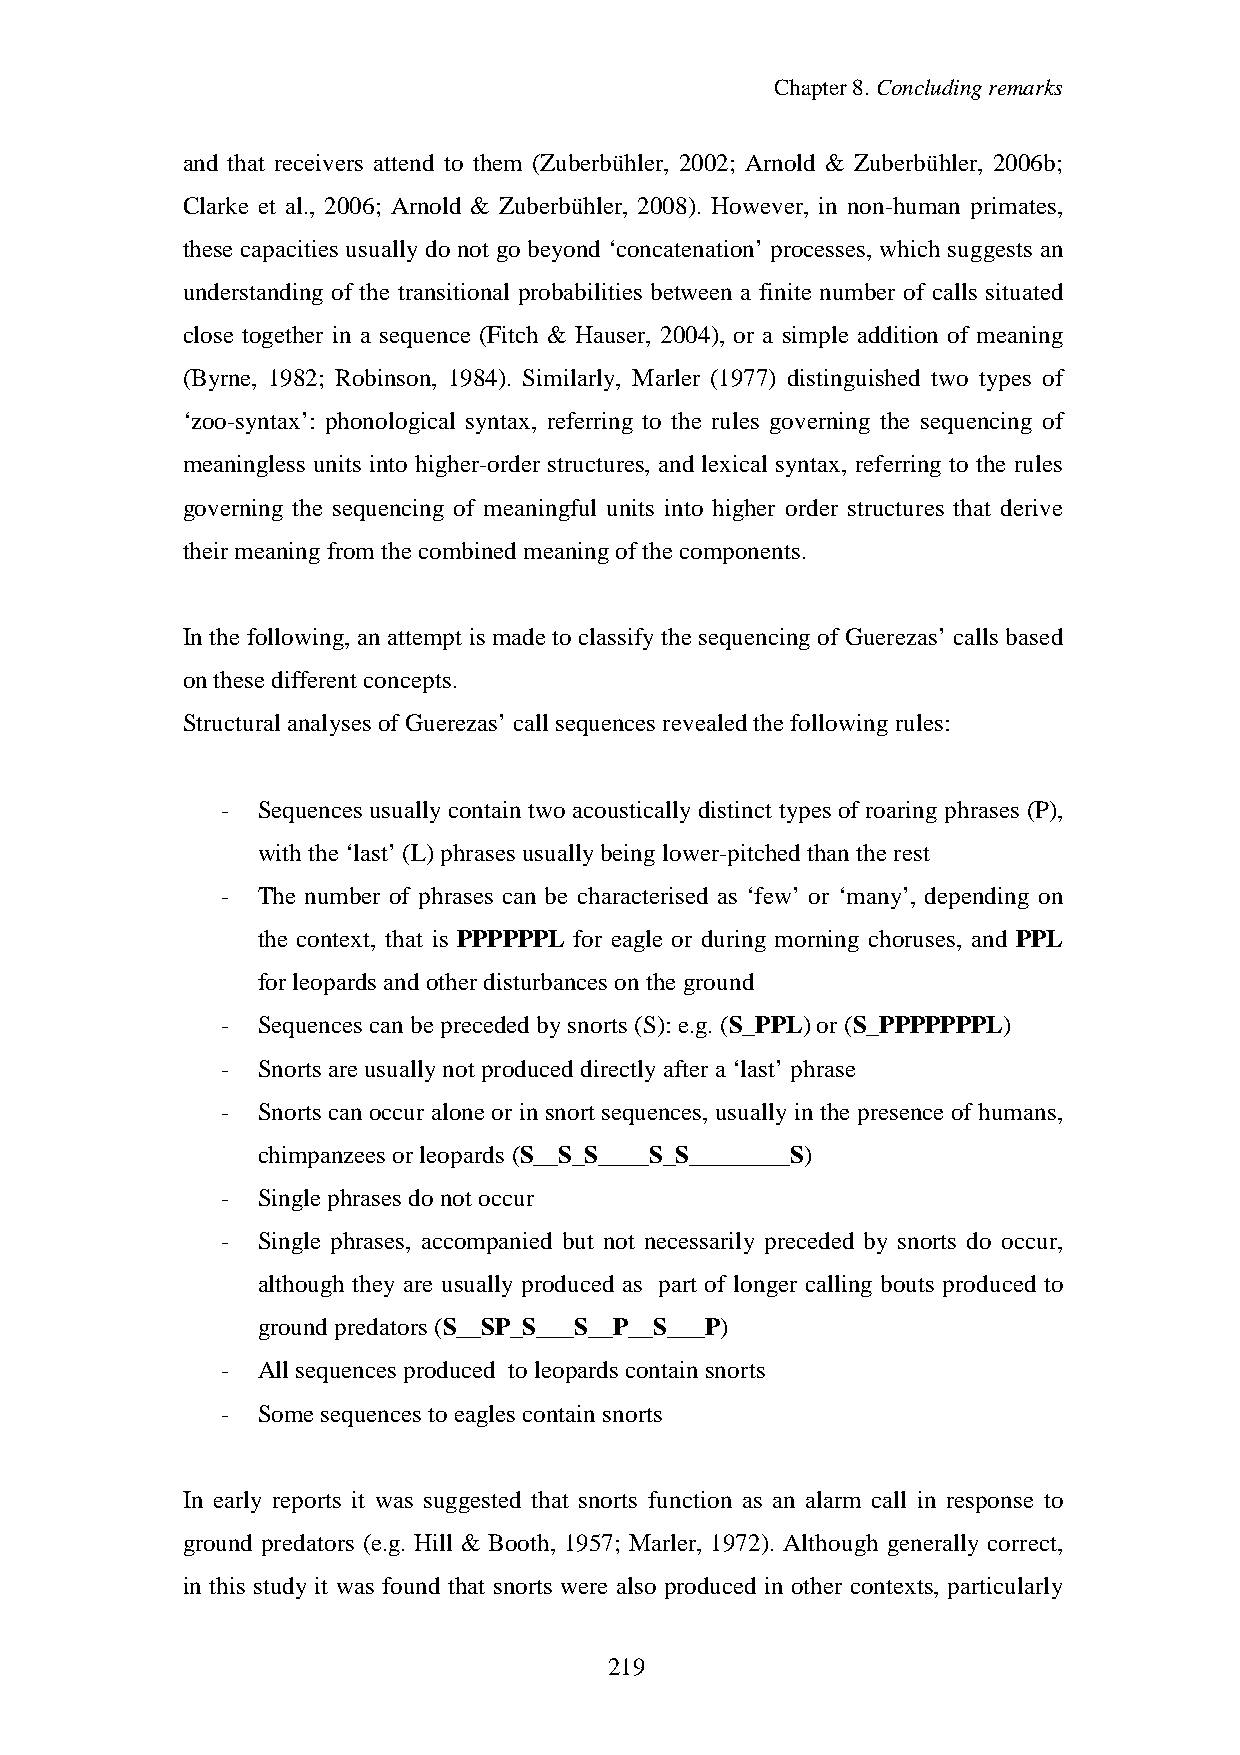
Chapter8.Concludingremarks
 and that receivers attend to them (Zuberbühler, 2002; Arnold & Zuberbühler, 2006b;
 Clarke et al., 2006; Arnold & Zuberbühler, 2008). However, in non-human primates,
 these capacities usually do not go beyond ‘concatenation’ processes, which suggests an
 understanding of the transitional probabilities between a finite number of calls situated
 close together in a sequence (Fitch & Hauser, 2004), or a simple addition of meaning
 (Byrne, 1982; Robinson, 1984). Similarly, Marler (1977) distinguished two types of
 ‘zoo-syntax’: phonological syntax, referring to the rules governing the sequencing of
 meaningless units into higher-order structures, and lexical syntax, referring to the rules
 governing the sequencing of meaningful units into higher order structures that derive
 theirmeaningfrom the combinedmeaningofthe components.
 In the following, an attempt is made to classifythe sequencingof Guerezas’ calls based
 onthesedifferent concepts.
 Structural analyses of Guerezas’call sequences revealedthefollowingrules:
 - Sequences usuallycontain two acousticallydistinct types of roaringphrases (P),
 withthe‘last’(L)phrases usuallybeinglower-pitchedthantherest
 - The number of phrases can be characterised as ‘few’ or ‘many’, depending on
 the context, that is PPPPPPL for eagle or during morning choruses, and PPL
 forleopards andotherdisturbances onthe ground
 - Sequences canbeprecededbysnorts (S): e.g.(S_PPL)or (S_PPPPPPPL)
 - Snorts areusuallynot produceddirectlyafter a‘last’phrase
 - Snorts can occur alone or in snort sequences, usuallyin the presence of humans,
 chimpanzees orleopards (S__S_S____S_S________S)
 - Singlephrases donot occur
 - Single phrases, accompanied but not necessarily preceded by snorts do occur,
 although they are usually produced as part of longer calling bouts produced to
 groundpredators (S__SP_S___S__P__S___P)
 - All sequences produced toleopards containsnorts
 - Somesequences toeagles containsnorts
 In early reports it was suggested that snorts function as an alarm call in response to
 ground predators (e.g. Hill & Booth, 1957; Marler, 1972). Although generally correct,
 in this study it was found that snorts were also produced in other contexts, particularly
 221129